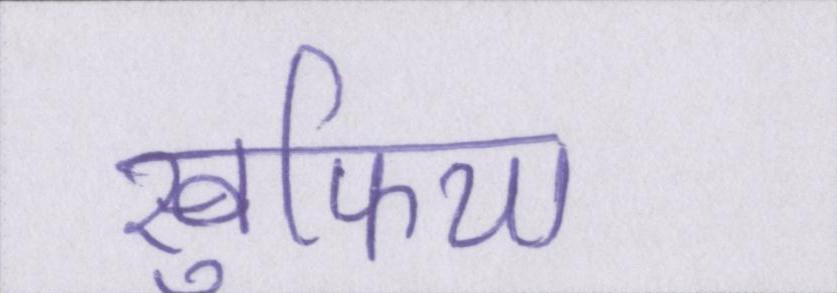
खुफिया